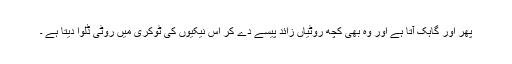
پھر اور گاہک آتا ہے اور وہ بھی کچھ روٹیاں زائد پیسے دے کر اس نیکیوں کی ٹوکری میں روٹی ڈلوا دیتا ہے ۔